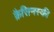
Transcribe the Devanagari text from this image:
क्रैसिनस्की